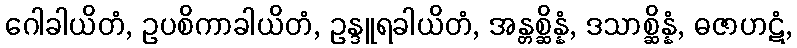
ဂေါခါယိတံ, ဥပစိကာခါယိတံ, ဥန္ဒူရခါယိတံ, အန္တစ္ဆိန္နံ, ဒသာစ္ဆိန္နံ, ဓဇာဟဋံ,